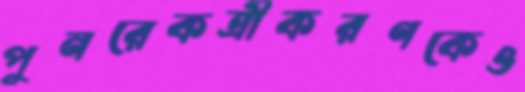
পুনরেকত্রীকরণকেও